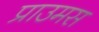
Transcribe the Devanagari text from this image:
प्राउमस